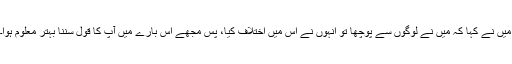
میں نے کہا کہ میں نے لوگوں سے پوچھا تو انہوں نے اس میں اختلاف کیا، پس مجھے اس بارے میں آپ کا قول سننا بہتر معلوم ہوا۔